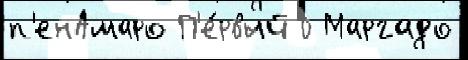
п'енАмаро П'е́рвый 0 Маргадо